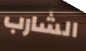
الشارب